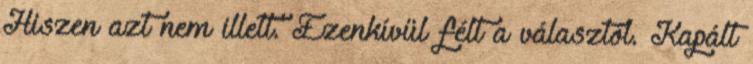
Hiszen azt nem illett. Ezenkívül félt a választól. Kapált